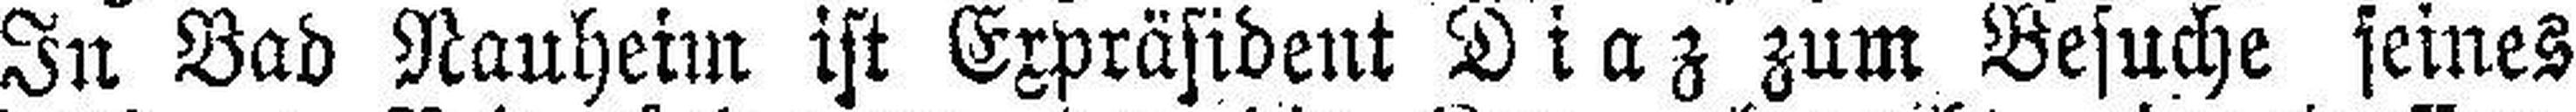
In Bad Nauheim ist Expräsident Diaz zum Besuche seines